Annual report of the Punjab Veterinary College and of the Civil Veterinary Department, Punjab - 1920-1925
Year: 1920
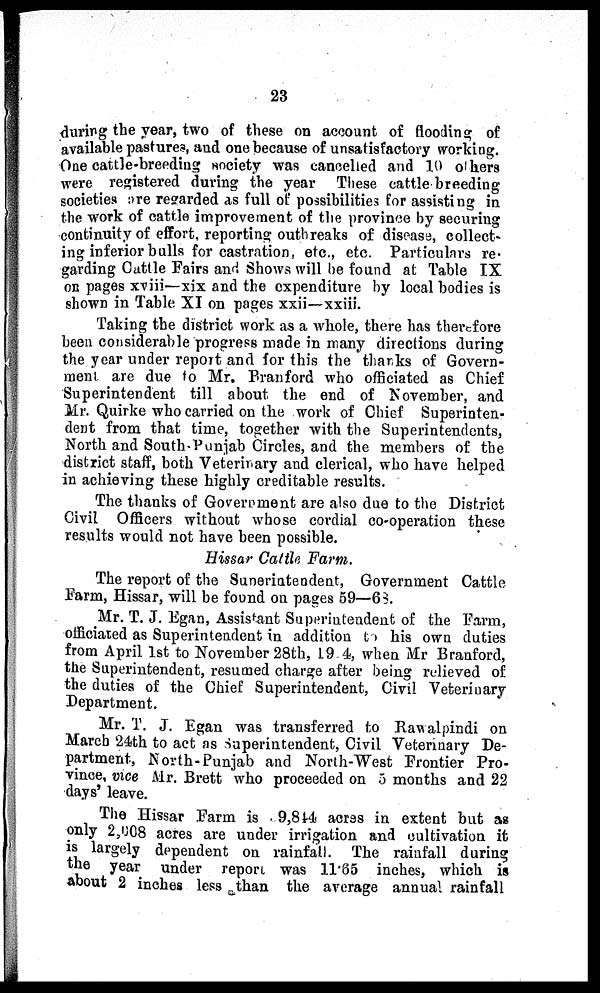
23
during the year, two of these on account of flooding of
available pastures, and one because of unsatisfactory working.
One cattle-breeding society was cancelled and 10 others
were registered during the year These cattle breeding
societies are regarded as full of possibilities for assisting in
the work of cattle improvement of the province by securing
continuity of effort, reporting outhreaks of disease, collect-
ing inferior bulls for castration, etc., etc. Particulars re-
garding Cattle Fairs and Shows will be found at Table IX
on pages xviii—xix and the expenditure by local bodies is
shown in Table XI on pages xxii—xxiii.
Taking the district work as a whole, there has therefore
been considerable progress made in many directions during
the year under report and for this the thanks of Govern-
ment are due to Mr. Branford who officiated as Chief
Superintendent till about the end of November, and
Mr. Quirke who carried on the work of Chief Superinten-
dent from that time, together with the Superintendents,
North and South-Punjab Circles, and the members of the
district staff, both Veterinary and clerical, who have helped
in achieving these highly creditable results.
The thanks of Government are also due to the District
Civil Officers without whose cordial co-operation these
results would not have been possible.
Hissar Cattle Farm.
The report of the Superintendent, Government Cattle
Farm, Hissar, will be found on pages 59—63.
Mr. T. J. Egan, Assistant Superintendent of the Farm,
officiated as Superintendent in addition to his own duties
from April 1st to November 28th, 19.4, when Mr Branford,
the Superintendent, resumed charge after being relieved of
the duties of the Chief Superintendent, Civil Veterinary
Department.
Mr. T. J. Egan was transferred to Rawalpindi on
March 24th to act as Superintendent, Civil Veterinary De-
partment, North-Punjab and North-West Frontier Pro-
vince, vice Mr. Brett who proceeded on 5 months and 22
days' leave.
The Hissar Farm is 9,844 acres in extent but as
only 2,008 acres are under irrigation and cultivation it
is largely dependent on rainfall. The rainfall during
the year under report was 11.65 inches, which is
about 2 inches less than the average annual rainfall